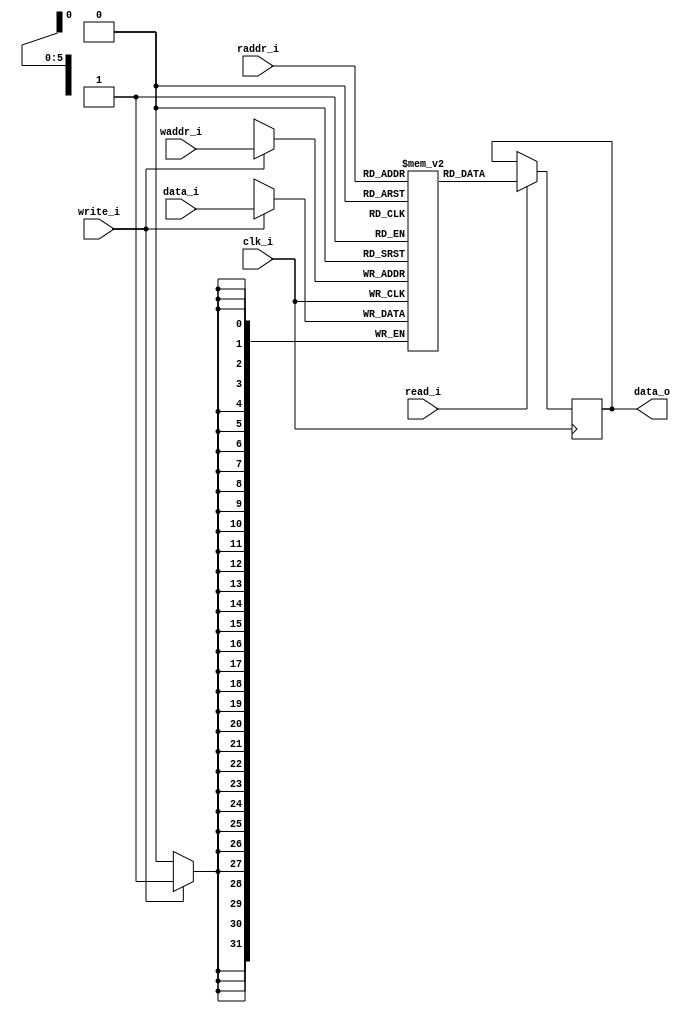
`ifndef BRAM_DUAL_RE_NOWT_GUARD
`define BRAM_DUAL_RE_NOWT_GUARD

// Dual port inferred block ram with read enable without write-through

module bram_dual_re_nowt
  #(
    parameter memSize_p = 6,
    parameter XLEN = 32
  )
  (
    input wire clk_i,
    input wire write_i,
    input wire read_i,
    input wire [XLEN-1:0] data_i,

    input wire [(memSize_p - 1):0]  waddr_i,
    input wire [(memSize_p - 1):0]  raddr_i,

    `ifdef SIM
    output wire [(XLEN-1):0] memory_o [2**memSize_p-1:0],
    `endif

    output wire [(XLEN - 1):0] data_o
  );

  reg [(XLEN-1):0] memory [2**memSize_p-1:0];
  reg [(XLEN-1):0] bram_out = 0;

  `ifdef SIM
    assign memory_o = memory;
  `endif

  assign data_o = bram_out;

  always @(posedge clk_i) begin
    if (write_i)
      memory[waddr_i] <= data_i;
  end

  always @(posedge clk_i) begin
    if (read_i)
      bram_out <= memory[raddr_i];
  end

endmodule
`endif // BRAM_DUAL_RE_NOWT_GUARD